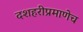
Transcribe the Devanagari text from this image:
दशहरीप्रमाणेच